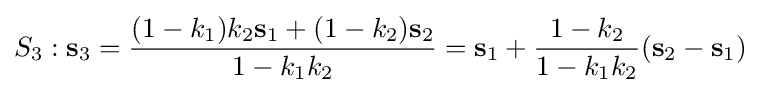
S_{3}:\mathbf {s} _{3}={\frac {(1-k_{1})k_{2}\mathbf {s} _{1}+(1-k_{2})\mathbf {s} _{2}}{1-k_{1}k_{2}}}=\mathbf {s} _{1}+{\frac {1-k_{2}}{1-k_{1}k_{2}}}(\mathbf {s} _{2}-\mathbf {s} _{1})